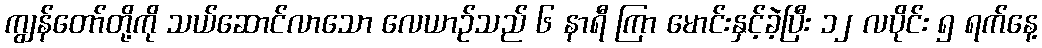
ကျွန်တော်တို့ကို သယ်ဆောင်လာသော လေယာဉ်သည် ၆ နာရီ ကြာ မောင်းနှင့်ခဲ့ပြီး ၁၂ လပိုင်း ၅ ရက်နေ့